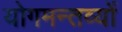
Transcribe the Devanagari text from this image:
योगमन्तव्यों